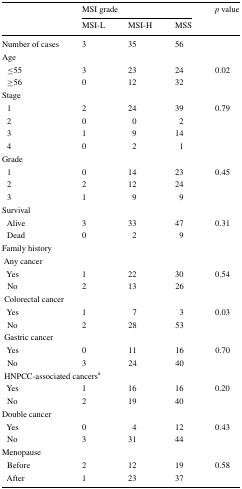
<table><thead><tr><td rowspan="2"></td><td colspan="3"><b>MSI grade</b></td><td rowspan="2"><b><i>p</i> value</b></td></tr><tr><td><b>MSI-L</b></td><td><b>MSI-H</b></td><td><b>MSS</b></td></tr></thead><tbody><tr><td>Number of cases</td><td>3</td><td>35</td><td>56</td><td></td></tr><tr><td colspan="5">Age</td></tr><tr><td> ≤55</td><td>3</td><td>23</td><td>24</td><td rowspan="2">0.02</td></tr><tr><td> ≥56</td><td>0</td><td>12</td><td>32</td></tr><tr><td colspan="5">Stage</td></tr><tr><td> 1</td><td>2</td><td>24</td><td>39</td><td rowspan="4">0.79</td></tr><tr><td> 2</td><td>0</td><td>0</td><td>2</td></tr><tr><td> 3</td><td>1</td><td>9</td><td>14</td></tr><tr><td> 4</td><td>0</td><td>2</td><td>1</td></tr><tr><td colspan="5">Grade</td></tr><tr><td> 1</td><td>0</td><td>14</td><td>23</td><td rowspan="3">0.45</td></tr><tr><td> 2</td><td>2</td><td>12</td><td>24</td></tr><tr><td> 3</td><td>1</td><td>9</td><td>9</td></tr><tr><td colspan="5">Survival</td></tr><tr><td> Alive</td><td>3</td><td>33</td><td>47</td><td rowspan="2">0.31</td></tr><tr><td> Dead</td><td>0</td><td>2</td><td>9</td></tr><tr><td colspan="5">Family history</td></tr><tr><td colspan="5"> Any cancer</td></tr><tr><td> Yes</td><td>1</td><td>22</td><td>30</td><td rowspan="2">0.54</td></tr><tr><td> No</td><td>2</td><td>13</td><td>26</td></tr><tr><td colspan="5"> Colorectal cancer</td></tr><tr><td> Yes</td><td>1</td><td>7</td><td>3</td><td>0.03</td></tr><tr><td> No</td><td>2</td><td>28</td><td>53</td><td></td></tr><tr><td colspan="5"> Gastric cancer</td></tr><tr><td> Yes</td><td>0</td><td>11</td><td>16</td><td>0.70</td></tr><tr><td> No</td><td>3</td><td>24</td><td>40</td><td></td></tr><tr><td colspan="5"> HNPCC-associated cancers<sup>a</sup></td></tr><tr><td> Yes</td><td>1</td><td>16</td><td>16</td><td rowspan="2">0.20</td></tr><tr><td> No</td><td>2</td><td>19</td><td>40</td></tr><tr><td colspan="5">Double cancer</td></tr><tr><td> Yes</td><td>0</td><td>4</td><td>12</td><td rowspan="2">0.43</td></tr><tr><td> No</td><td>3</td><td>31</td><td>44</td></tr><tr><td colspan="5">Menopause</td></tr><tr><td> Before</td><td>2</td><td>12</td><td>19</td><td rowspan="2">0.58</td></tr><tr><td> After</td><td>1</td><td>23</td><td>37</td></tr></tbody></table>